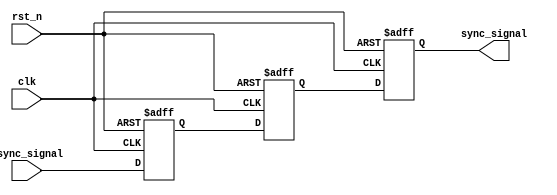
module dual_ff_synchronizer (
    input wire clk,            // Receiving clock signal (slower clock domain)
    input wire rst_n,         // Active low reset signal
    input wire async_signal,   // Asynchronous input signal from faster clock domain
    output reg sync_signal     // Synchronized output signal
);

// Internal signals for the two flip-flops
reg ff1, ff2;

// First flip-flop: captures the asynchronous signal
always @(posedge clk or negedge rst_n) begin
    if (!rst_n) begin
        ff1 <= 1'b0;  // Reset state
    end else begin
        ff1 <= async_signal;  // Capture the asynchronous signal
    end
end

// Second flip-flop: synchronizes the output
always @(posedge clk or negedge rst_n) begin
    if (!rst_n) begin
        ff2 <= 1'b0;  // Reset state
    end else begin
        ff2 <= ff1;  // Transfer from first flip-flop to second flip-flop
    end
end

// Output assignment
always @(posedge clk or negedge rst_n) begin
    if (!rst_n) begin
        sync_signal <= 1'b0;  // Reset state
    end else begin
        sync_signal <= ff2;  // Synchronized output
    end
end

endmodule